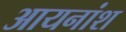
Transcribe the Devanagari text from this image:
आयनांश